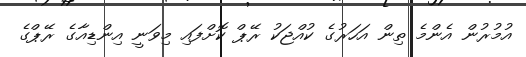
އުމުރުން އެންމެ ތިން އަހަރުގެ ކުއްޖަކު ރޭޕް ކޮށްފައި މިވަނީ އިންޑިއާގެ ރޭޕްގެ